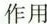
作用